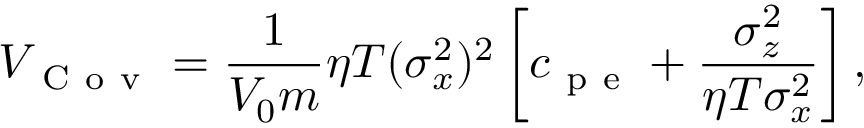
V _ { \mathrm { ~ C ~ o ~ v ~ } } = \frac { 1 } { V _ { 0 } m } \eta T ( \sigma _ { x } ^ { 2 } ) ^ { 2 } \left[ c _ { \mathrm { ~ p ~ e ~ } } + \frac { \sigma _ { z } ^ { 2 } } { \eta T \sigma _ { x } ^ { 2 } } \right] ,